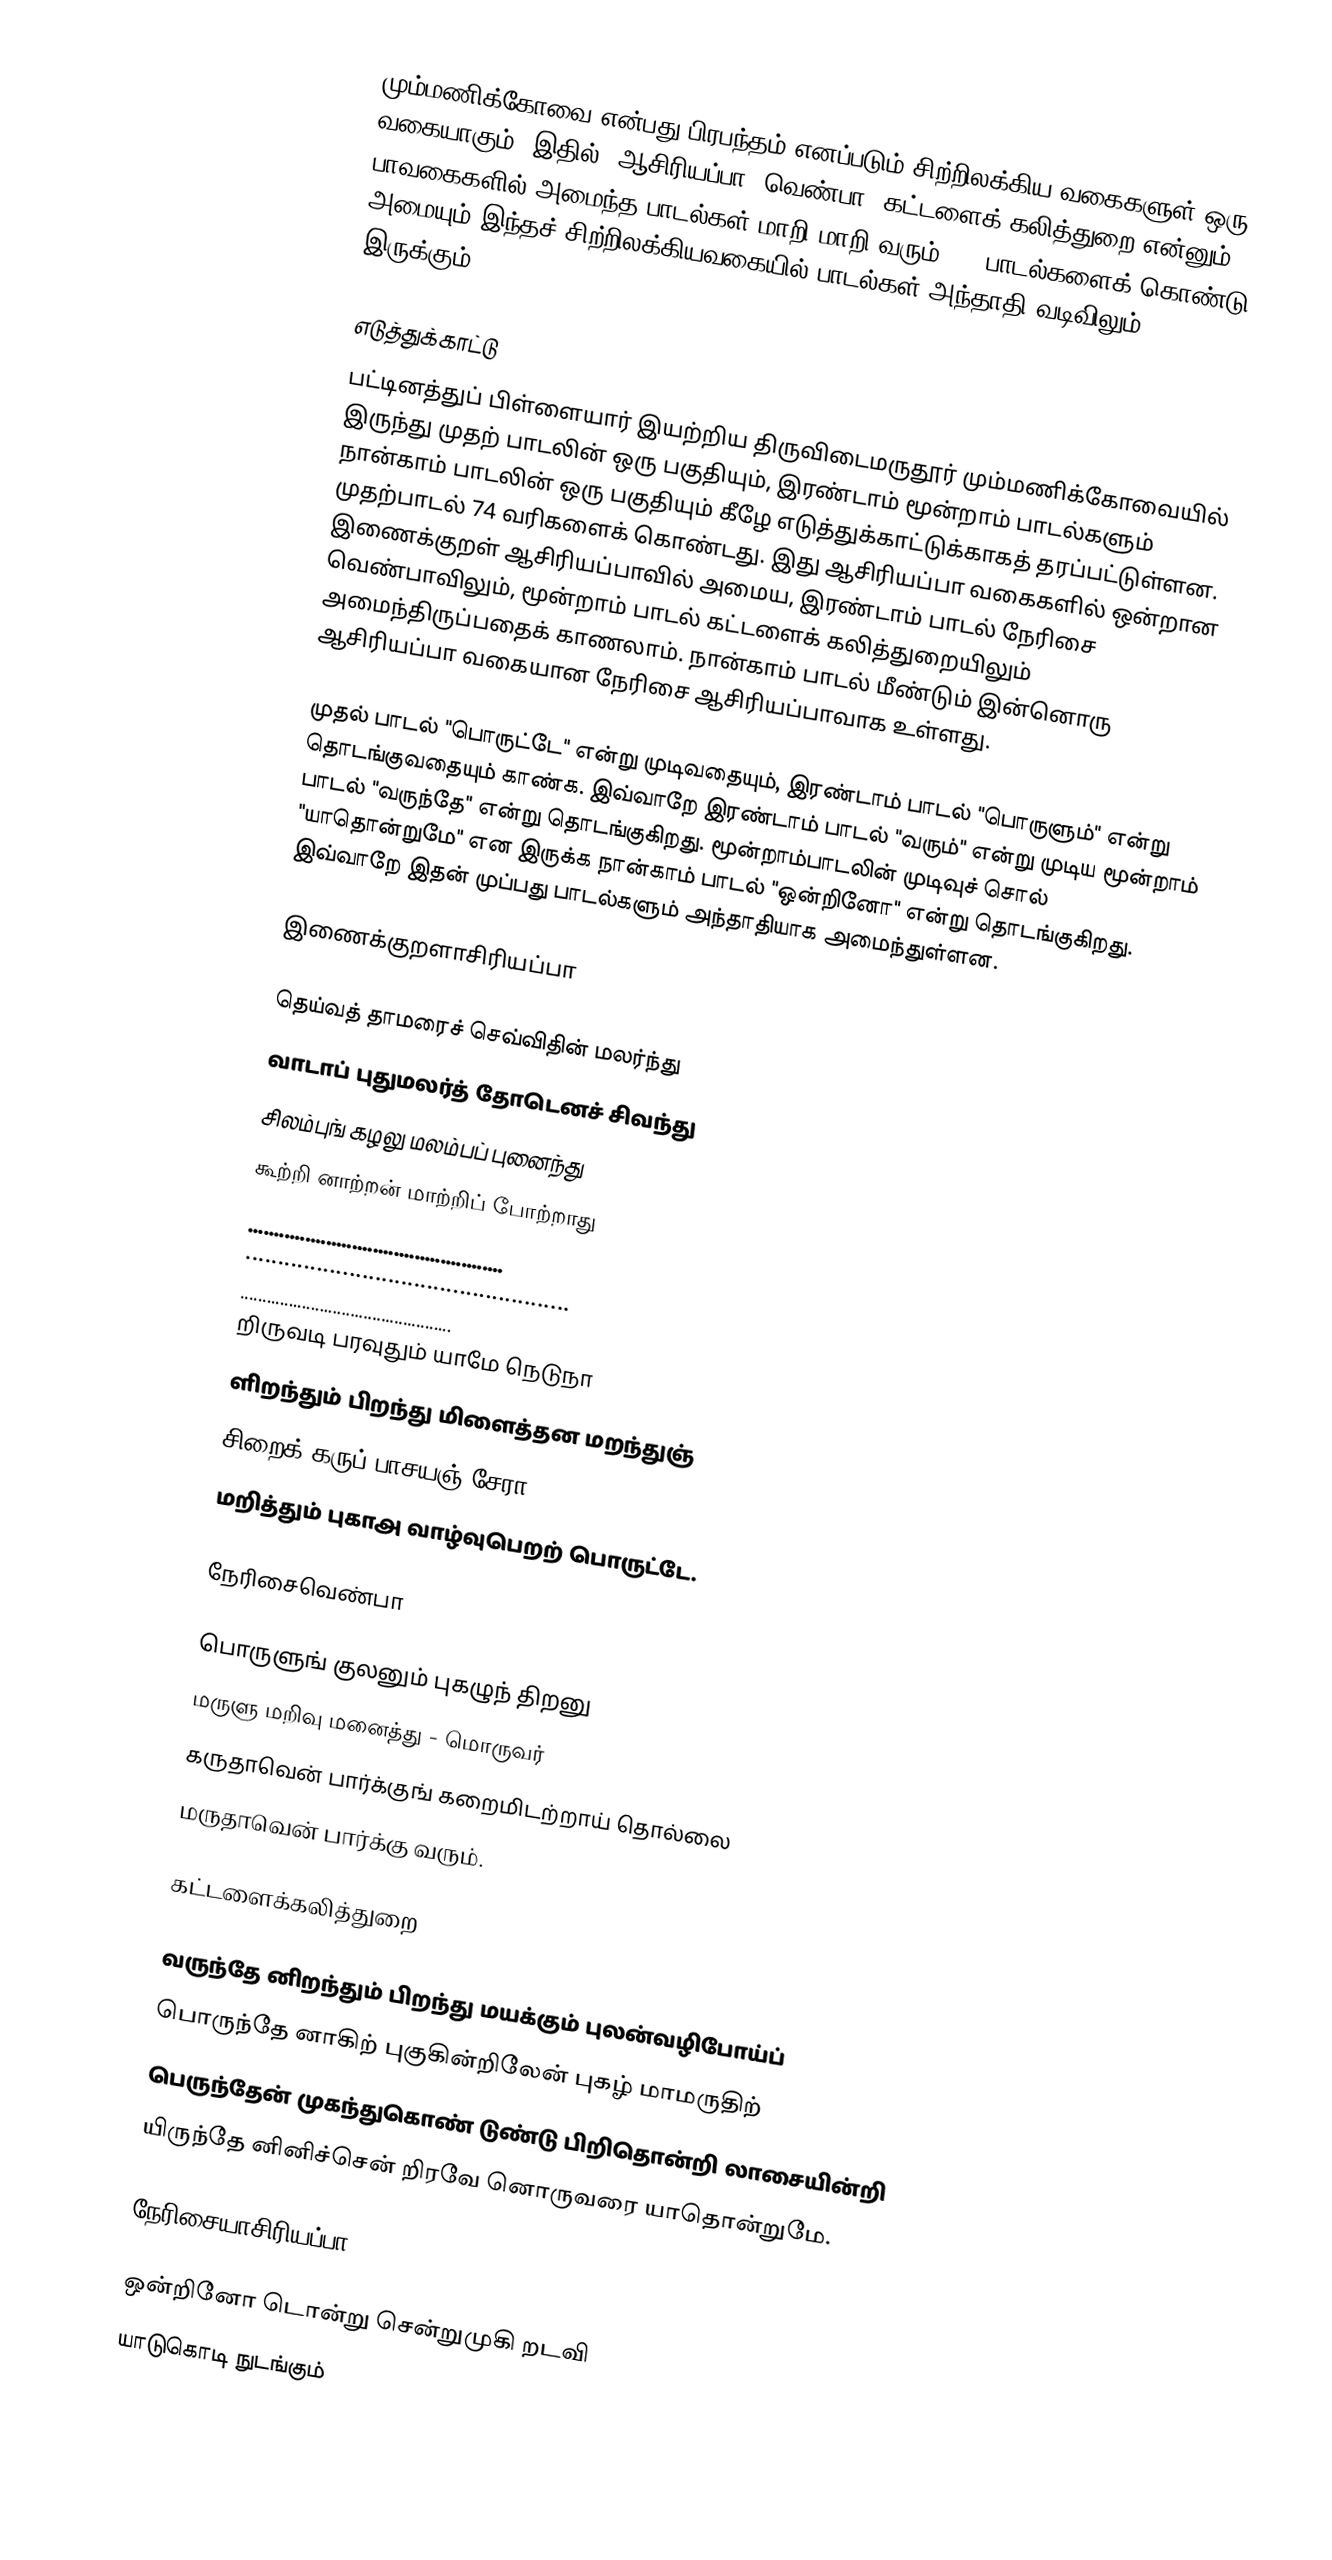
மும்மணிக்கோவை என்பது பிரபந்தம் எனப்படும் சிற்றிலக்கிய வகைகளுள் ஒரு வகையாகும். இதில், ஆசிரியப்பா, வெண்பா, கட்டளைக் கலித்துறை என்னும் பாவகைகளில் அமைந்த பாடல்கள் மாறி மாறி வரும். 30 பாடல்களைக் கொண்டு அமையும் இந்தச் சிற்றிலக்கியவகையில் பாடல்கள் அந்தாதி வடிவிலும் இருக்கும்.

எடுத்துக்காட்டு
பட்டினத்துப் பிள்ளையார் இயற்றிய திருவிடைமருதூர் மும்மணிக்கோவையில் இருந்து முதற் பாடலின் ஒரு பகுதியும், இரண்டாம் மூன்றாம் பாடல்களும் நான்காம் பாடலின் ஒரு பகுதியும் கீழே எடுத்துக்காட்டுக்காகத் தரப்பட்டுள்ளன. முதற்பாடல் 74 வரிகளைக் கொண்டது. இது ஆசிரியப்பா வகைகளில் ஒன்றான இணைக்குறள் ஆசிரியப்பாவில் அமைய, இரண்டாம் பாடல் நேரிசை வெண்பாவிலும், மூன்றாம் பாடல் கட்டளைக் கலித்துறையிலும் அமைந்திருப்பதைக் காணலாம். நான்காம் பாடல் மீண்டும் இன்னொரு ஆசிரியப்பா வகையான நேரிசை ஆசிரியப்பாவாக உள்ளது.

முதல் பாடல் "பொருட்டே" என்று முடிவதையும், இரண்டாம் பாடல் "பொருளும்" என்று தொடங்குவதையும் காண்க. இவ்வாறே இரண்டாம் பாடல் "வரும்" என்று முடிய மூன்றாம் பாடல் "வருந்தே" என்று தொடங்குகிறது. மூன்றாம்பாடலின் முடிவுச் சொல் "யாதொன்றுமே" என இருக்க நான்காம் பாடல் "ஒன்றினோ" என்று தொடங்குகிறது. இவ்வாறே இதன் முப்பது பாடல்களும் அந்தாதியாக அமைந்துள்ளன.

இணைக்குறளாசிரியப்பா

 தெய்வத் தாமரைச் செவ்விதின் மலர்ந்து
 வாடாப் புதுமலர்த் தோடெனச் சிவந்து
 சிலம்புங் கழலு மலம்பப் புனைந்து
 கூற்றி னாற்றன் மாற்றிப் போற்றாது
 .................................................
 ..................................................
 ................................................
 றிருவடி பரவுதும் யாமே நெடுநா
 ளிறந்தும் பிறந்து மிளைத்தன மறந்துஞ்
 சிறைக் கருப் பாசயஞ் சேரா
 மறித்தும் புகாஅ வாழ்வுபெறற் பொருட்டே.

நேரிசைவெண்பா

 பொருளுங் குலனும் புகழுந் திறனு
 மருளு மறிவு மனைத்து - மொருவர்
 கருதாவென் பார்க்குங் கறைமிடற்றாய் தொல்லை
 மருதாவென் பார்க்கு வரும்.

கட்டளைக்கலித்துறை

 வருந்தே னிறந்தும் பிறந்து மயக்கும் புலன்வழிபோய்ப்
 பொருந்தே னாகிற் புகுகின்றிலேன் புகழ் மாமருதிற்
 பெருந்தேன் முகந்துகொண் டுண்டு பிறிதொன்றி லாசையின்றி
 யிருந்தே னினிச்சென் றிரவே னொருவரை யாதொன்றுமே.

நேரிசையாசிரியப்பா

 ஒன்றினோ டொன்று சென்றுமுகி றடவி
 யாடுகொடி நுடங்கும்